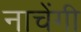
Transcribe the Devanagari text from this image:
नाचेंगी